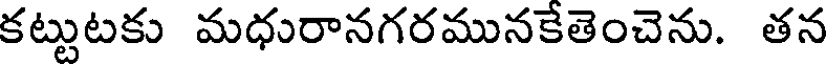
కట్టుటకు మధురానగరమునకేతెంచెను. తన